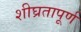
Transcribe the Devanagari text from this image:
शीघ्रतापूर्ण